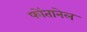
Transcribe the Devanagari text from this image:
फोंतानेल